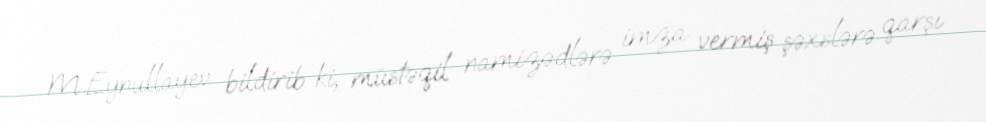
M.Eynullayev bildirib ki, müstəqil namizədlərə imza vermiş şəxslərə qarşı